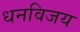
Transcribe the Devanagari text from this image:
धनविजय